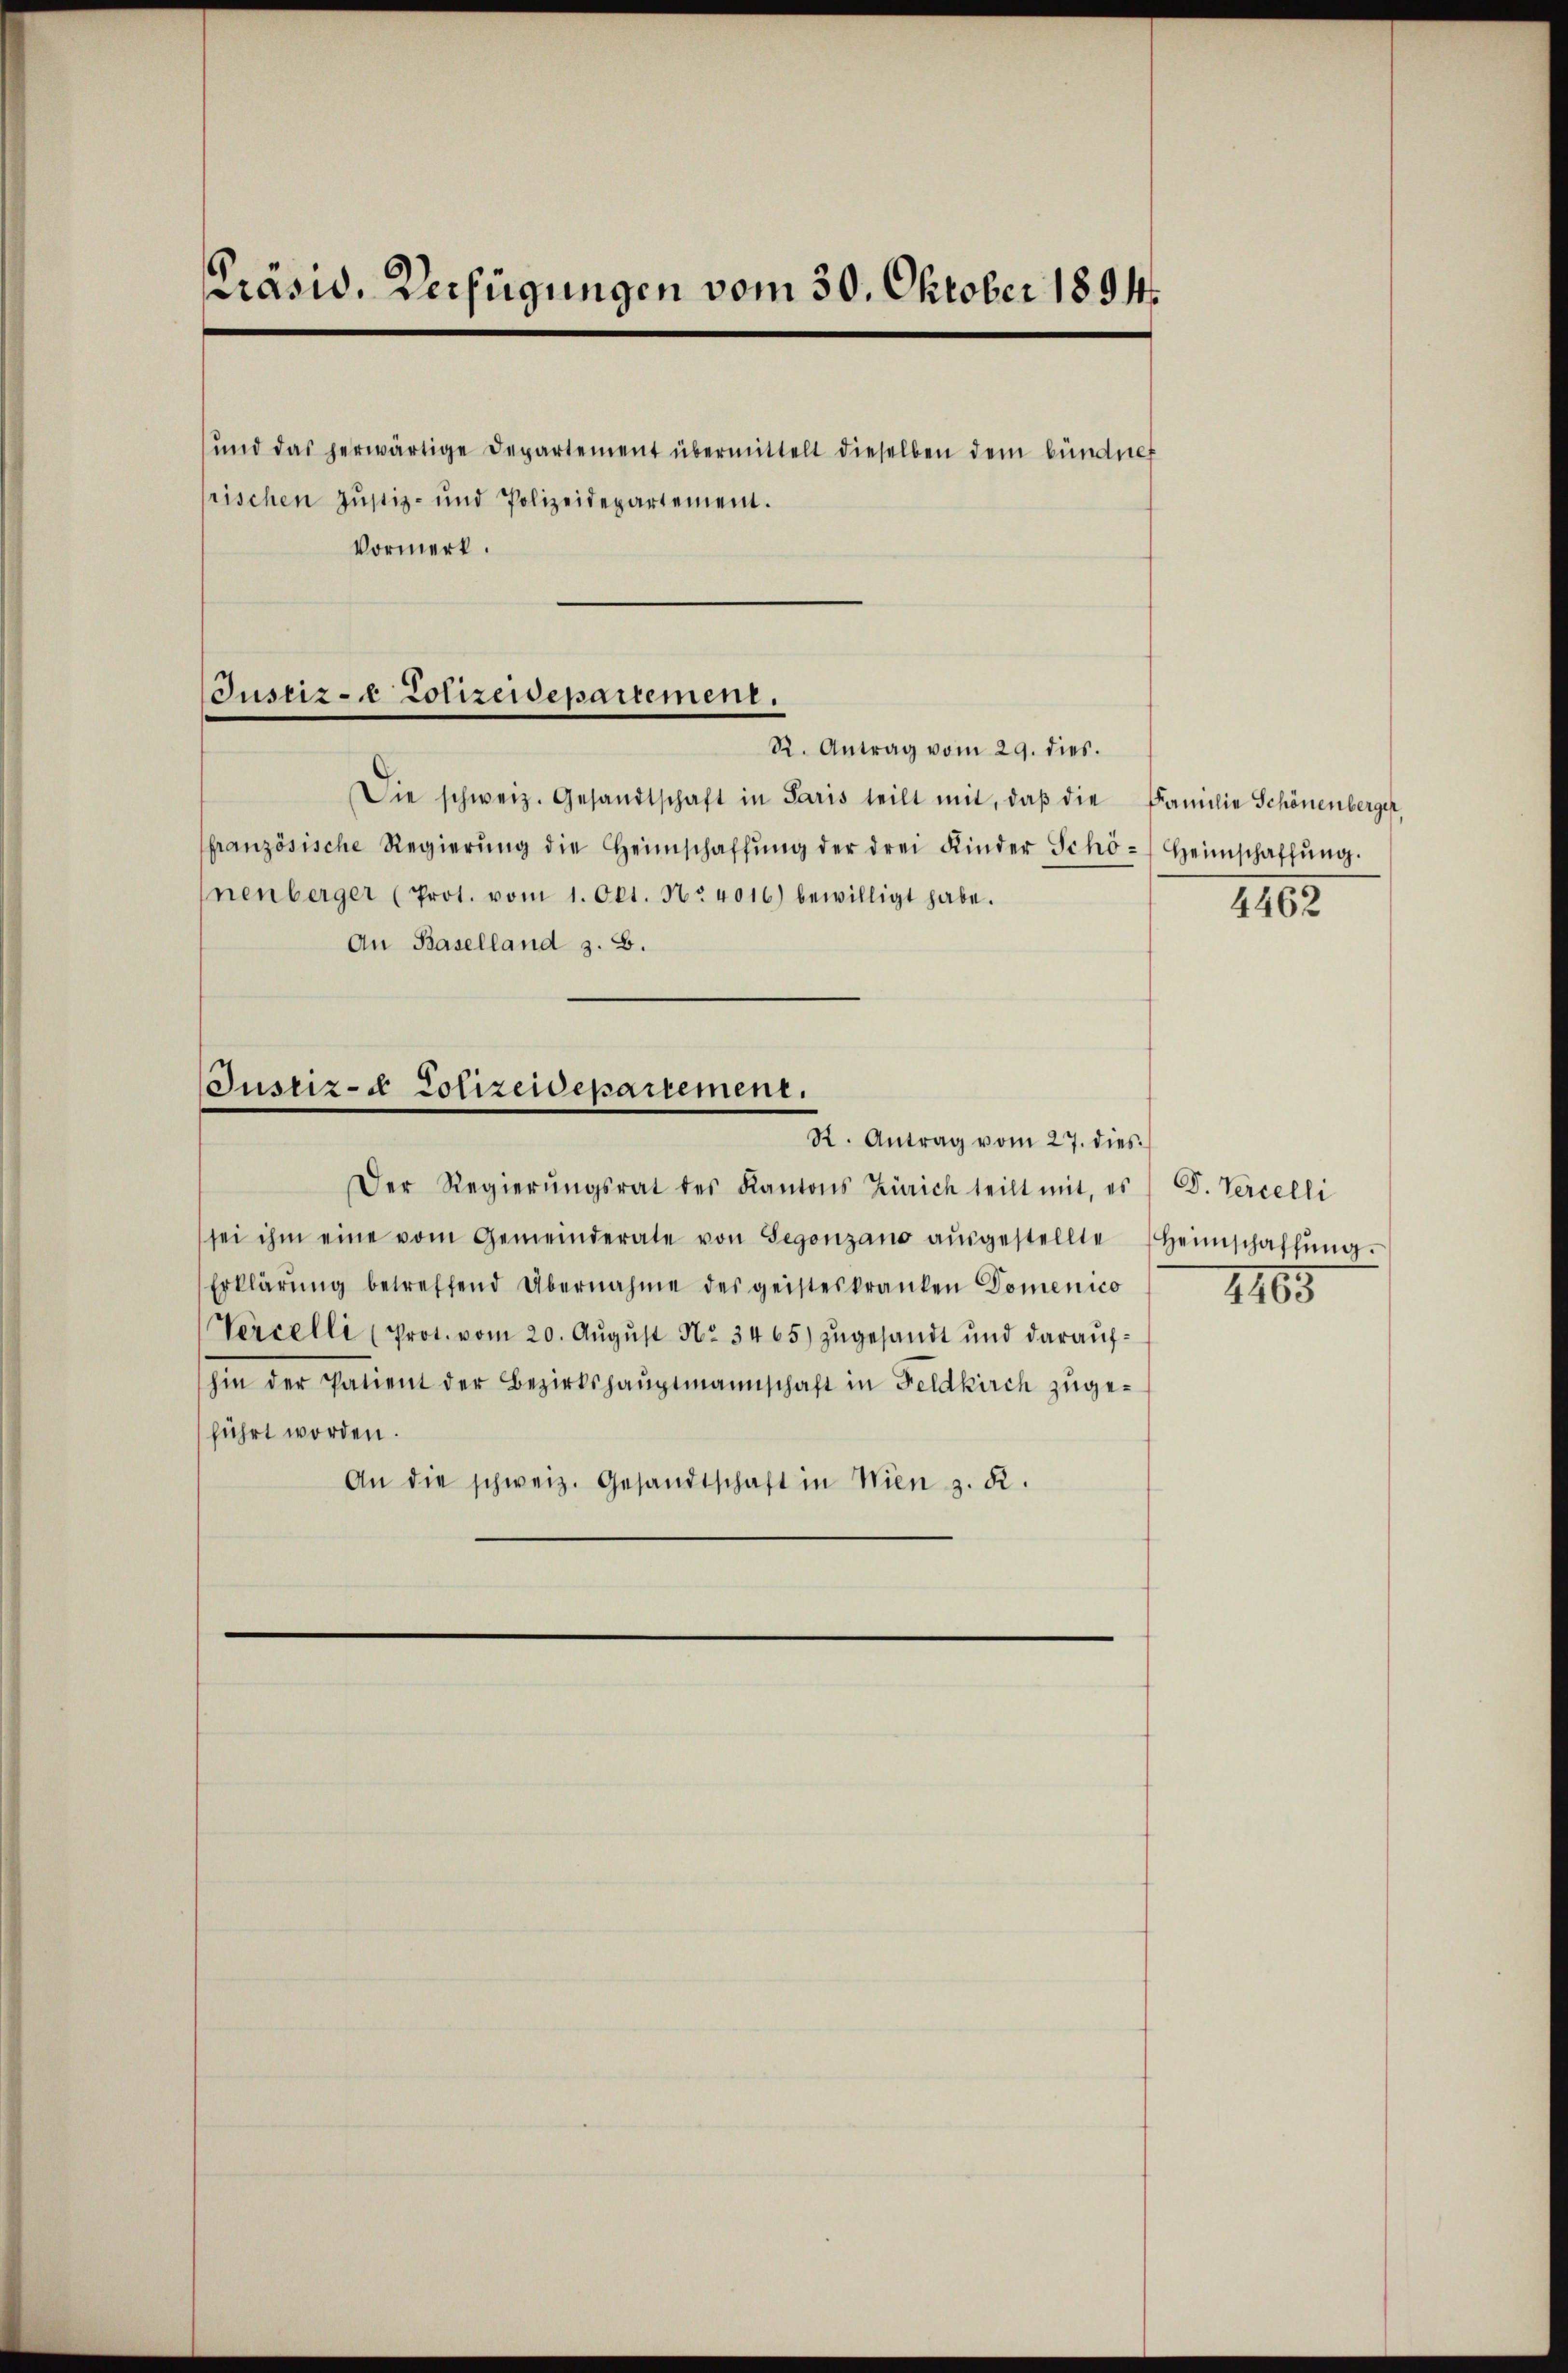
Präsid. Verfügungen vom 30. Oktober 1894.
und das herwärtige Departement übermittelt dieselben dem bündnef
rischen Justiz- und Polizeidepartement.
Vormerk.

Justiz- & Polizeidepartement.
R. Antrag vom 29. dies.

Die schweiz. Gesandtschaft in Paris teilt mit, daβ die Familie Schönenberger,
ffranzösische Regierŭng die Heimschaffŭng der drei Kinder Schö-Heimschaffŭng.
nenberger (Prot. vom 1. Okt. No. 4016) bewilligt habe.
An Baselland z. B.

Justiz- & Polizeidepartement.
R. Antrag vom 27. dies

Der Regierŭngsrat des Kantons Zürich teilt mit, es / V. Percelli
sei ihm eine vom Gemeinderate von Segenzano aŭsgestellte Heimschaffŭng.
Erklärŭng betreffend Übernahme des geisteskranken Domenico
Vercelli (Prot. vom 20. Aŭgŭst No. 3465) zŭgesandt und daraŭf-
hin der Patient der Bezirkshauptmannschaft in Feldkirch zugeführt worden.
An die schweiz. Gesandtschaft in Wien z. R.

1462

1165